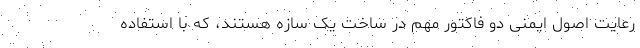
رعایت اصول ایمنی دو فاکتور مهم در ساخت یک سازه هستند، که با استفاده